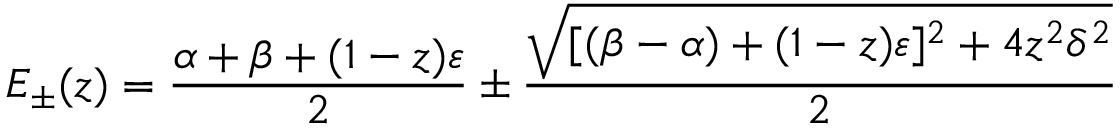
E _ { \pm } ( z ) = \frac { \alpha + \beta + ( 1 - z ) \varepsilon } { 2 } \pm \frac { \sqrt { [ ( \beta - \alpha ) + ( 1 - z ) \varepsilon ] ^ { 2 } + 4 z ^ { 2 } \delta ^ { 2 } } } { 2 }